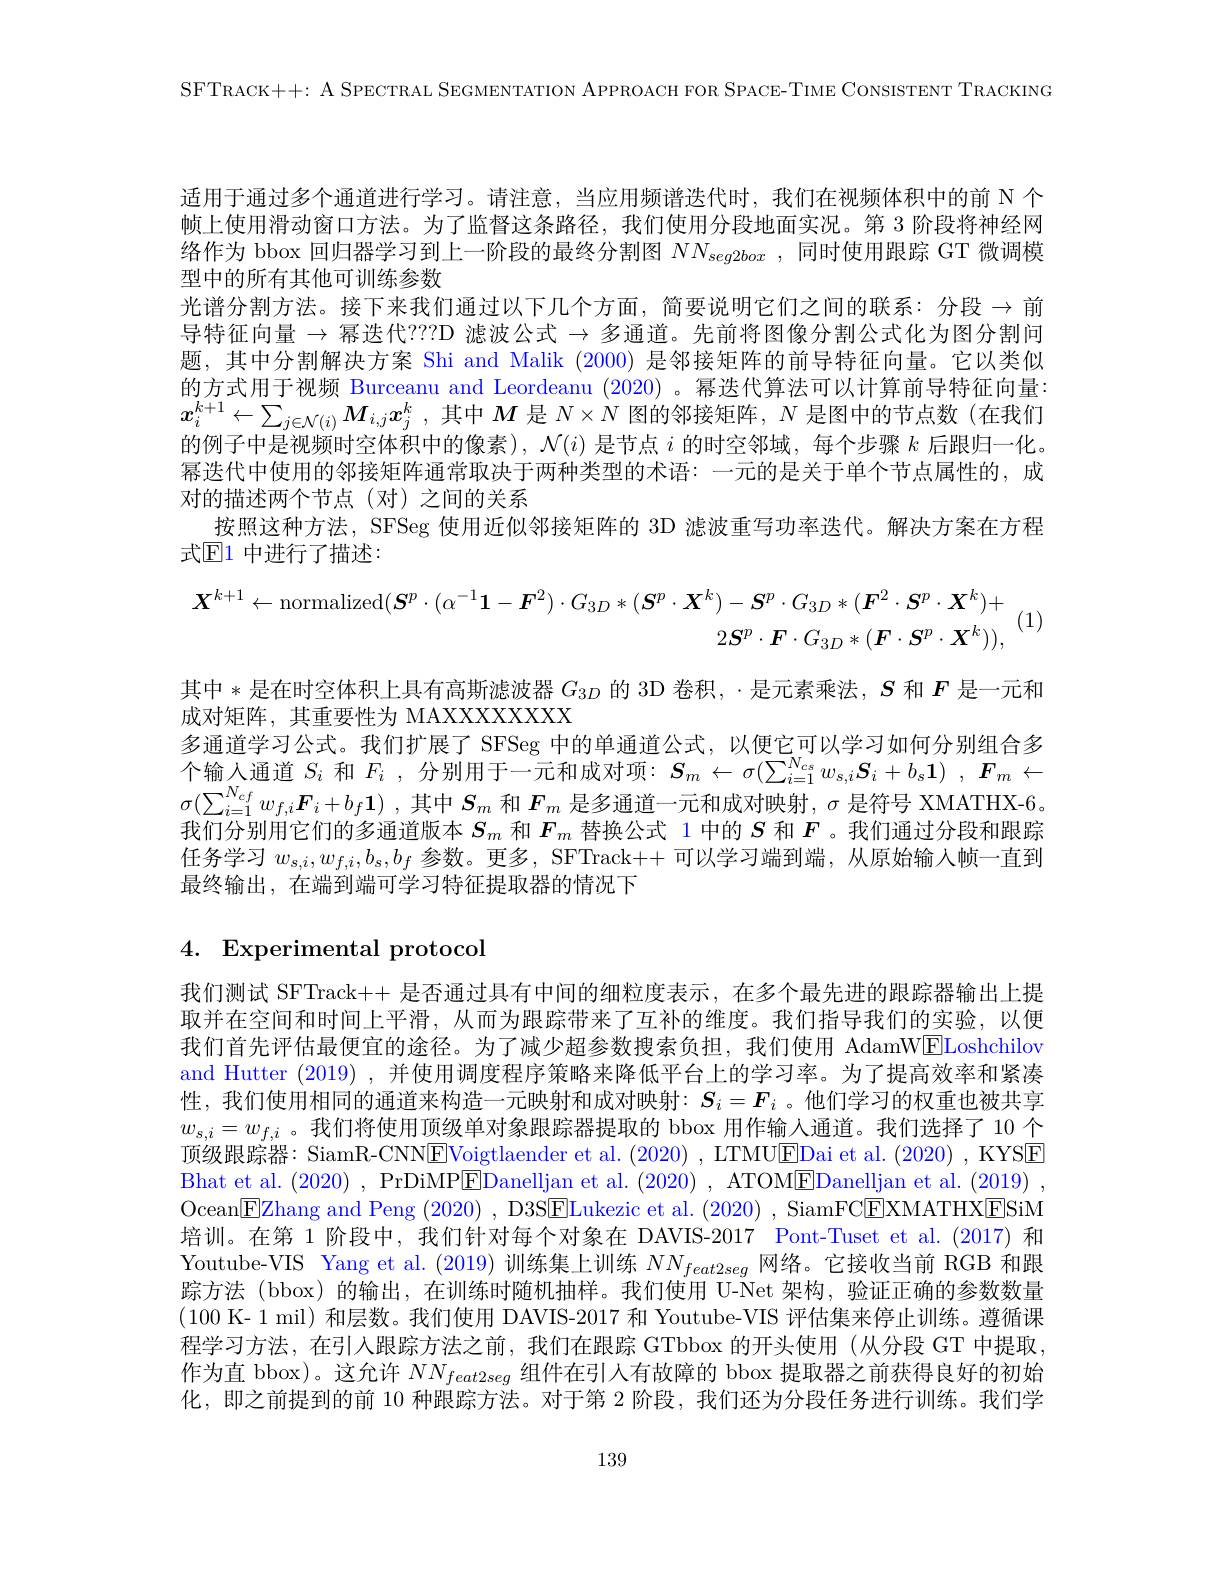
SFTRACK++: A SPECTRAL SEGMENTATION APPROACH FOR SPACE- TIME CONSISTENT TRACKING

适用于通过多个通道进行学习。请注意，当应用频谱迭代时，我们在视频体积中的前 N 个帧上使用滑动窗口方法。为了监督这条路径，我们使用分段地面实况。第 3 阶段将神经网络作为 bbox 回归器学习到上一阶段的最终分割图$NN_{seg2box}$ ,同时使用跟踪 GT 微调模型中的所有其他可训练参数
光谱分割方法。接下来我们通过以下几个方面，简要说明它们之间的联系：分段→前导特征向量$\to$幂迭代？??D 滤波公式$\to$多通道。先前将图像分割公式化为图分割问题，其中分割解决方案 Shi and Malik (2000)是邻接矩阵的前导特征向量。它以类似的方式用于视频 Burceanu and Leordeanu (2020) 。幂迭代算法可以计算前导特征向量： $x_i^{k+1}\leftarrow\sum_{j\in\mathcal{N}(i)}M_{i,j}x_j^k$ ,其中$M$是$N\times N$图的邻接矩阵，$N$是图中的节点数 (在我们的例子中是视频时空体积中的像素), $\mathcal{N}(i)$是节点$i$的时空邻域，每个步骤$k$后跟归一化。幂迭代中使用的邻接矩阵通常取决于两种类型的术语：一元的是关于单个节点属性的，成对的描述两个节点(对)之间的关系
按照这种方法，SFSeg 使用近似邻接矩阵的 3D 滤波重写功率迭代。解决方案在方程
式$\mathbb{E}$1 中进行了描述：
$$\boldsymbol{X}^{k+1}\leftarrow\mathrm{normalized}(\boldsymbol{S}^{p}\cdot(\alpha^{-1}\boldsymbol{1}-\boldsymbol{F}^{2})\cdot G_{3D}*(\boldsymbol{S}^{p}\cdot\boldsymbol{X}^{k})-\boldsymbol{S}^{p}\cdot G_{3D}*(\boldsymbol{F}^{2}\cdot\boldsymbol{S}^{p}\cdot\boldsymbol{X}^{k})+\\2\boldsymbol{S}^{p}\cdot\boldsymbol{F}\cdot G_{3D}*(\boldsymbol{F}\cdot\boldsymbol{S}^{p}\cdot\boldsymbol{X}^{k})),$$
(1,
其中*是在时空体积上具有高斯滤波器$G_{3D}$的 3D 卷积，·是元素乘法，$S$和$F$是一元和
成对矩阵，其重要性为 MAXXXXXXXX
多通道学习公式。我们扩展了 SFSeg 中的单通道公式，以便它可以学习如何分别组合多个输人通道$S_i$和$F_i$ ,分别用于一元和成对项：$S_m\leftarrow \sigma ( \sum _i= 1^{N_{cs}}w_{s, i}\boldsymbol{S}_i+ b_s\boldsymbol{1})$ $, \boldsymbol{F}_m\leftarrow$ $\sigma(\sum_{i=1}^{N_{cf}}w_{f,i}\boldsymbol{F}_i+b_f\boldsymbol{1})$ ,其中$S_m$和$F_m$是多通道一元和成对映射$,\sigma$是符号 XMATHX-6。我们分别用它们的多通道版本$S_m$和$F_m$替换公式 1 中的$S$和$F$ 。我们通过分段和跟踪任务学习$w_{s,i},w_{f,i},b_s,b_f$参数。更多，SFTrack++ 可以学习端到端，从原始输入帧一直到最终输出，在端到端可学习特征提取器的情况下

# 4. Experimental protocol

我们测试 SFTrack++ 是否通过具有中间的细粒度表示，在多个最先进的跟踪器输出上提取并在空间和时间上平滑，从而为跟踪带来了互补的维度。我们指导我们的实验，以便我们首先评估最便宜的途径。为了减少超参数搜索负担，我们使用 AdamW$\boxed{\mathrm{E}}$Loshchilov and Hutter (2019) ,并使用调度程序策略来降低平台上的学习率。为了提高效率和紧凑性，我们使用相同的通道来构造一元映射和成对映射：$S_i=F_i$ 。他们学习的权重也被共享$w_{s,i}=w_{f,i}$。我们将使用顶级单对象跟踪器提取的 bbox 用作输人通道。我们选择了 10 个顶级跟踪器：SiamR-CNN$\boxed{\mathrm{E}}$Voigtlaender et al. (2020) , LTMU$\boxed{\mathrm{E}}$Dai et al. (2020) , KYSE Bhat et al. (2020) , PrDiMP$\boxed{\mathrm{E}}$Danelljan et al. (2020) , ATOM$\boxed{\mathrm{E}}$Danelljan et al. (2019) , Ocean$\boxed{\mathrm{E}}$Zhang and Peng (2020), D3SELukezic et al. (2020), SiamFCEXMATHXESiM 培训。在第 1 阶段中，我们针对每个对象在 DAVIS-2017 Pont-Tuset et al.(2017) 和Youtube-VIS Yang et al.(2019)训练集上训练$NN_{feat2seg}$网络。它接收当前 RGB 和跟踪方法 (bbox)的输出，在训练时随机抽样。我们使用 U-Net 架构 ,验证正确的参数数量(100 K- 1 mil) 和层数。我们使用 DAVIS-2017 和 Youtube-VIS 评估集来停止训练。遵循课程学习方法，在引人跟踪方法之前，我们在跟踪 GTbbox 的开头使用(从分段 GT 中提取， 作为直 bbox)。这允许$NN_{feat2seg}$组件在引入有故障的 bbox 提取器之前获得良好的初始化，即之前提到的前 10 种跟踪方法。对于第 2 阶段，我们还为分段任务进行训练。我们学

139